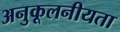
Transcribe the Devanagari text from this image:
अनुकूलनीयता